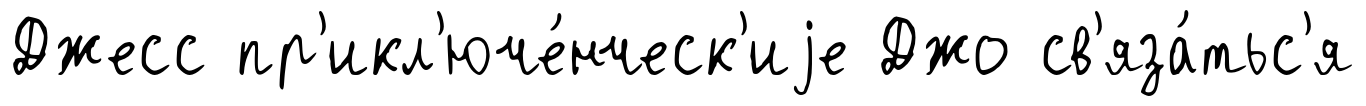
Джесс пр'икл'юче́нческ'иjе Джо св'яза́тьс'я